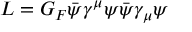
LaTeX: { \cal L } = G _ { F } \bar { \psi } \gamma ^ { \mu } \psi \bar { \psi } \gamma _ { \mu } \psi